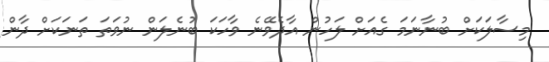
މިސާލަކަށް ބުނާނަމަ ގެއަށް ލަހުން އާދެވޭނެ ވާހަކަ ބުނެލަން ނުވަތަ ތަނަކަށް ދާން